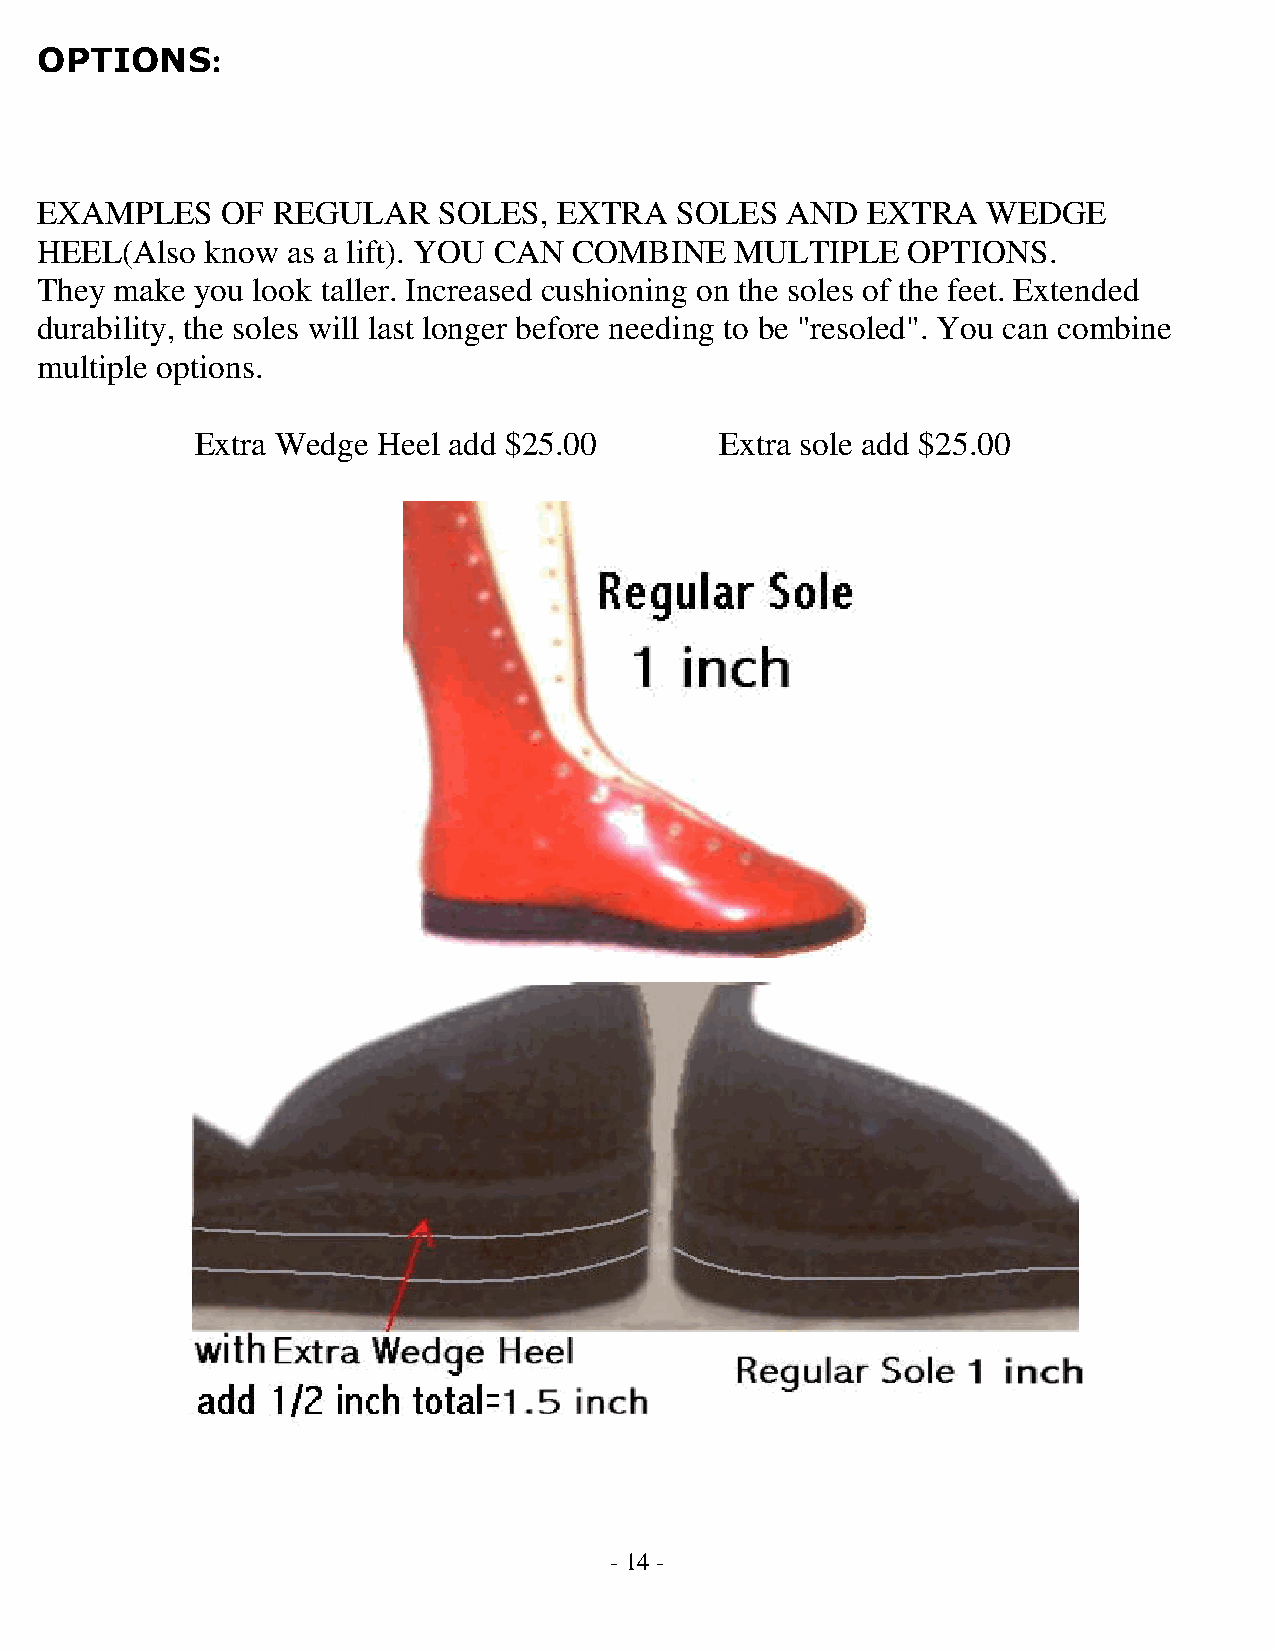
OPTIONS:
 EXAMPLES     OF REGULAR    SOLES,  EXTRA   SOLES  AND  EXTRA   WEDGE
 HEEL(Also   know as a lift). YOU CAN COMBINE   MULTIPLE   OPTIONS.
 They  make you look taller. Increased cushioning on the soles of the feet. Extended
 durability, the soles will last longer before needing to be "resoled". You can combine
 multiple options.
 Extra Wedge Heel add $25.00        Extra sole add $25.00
 - 14 -